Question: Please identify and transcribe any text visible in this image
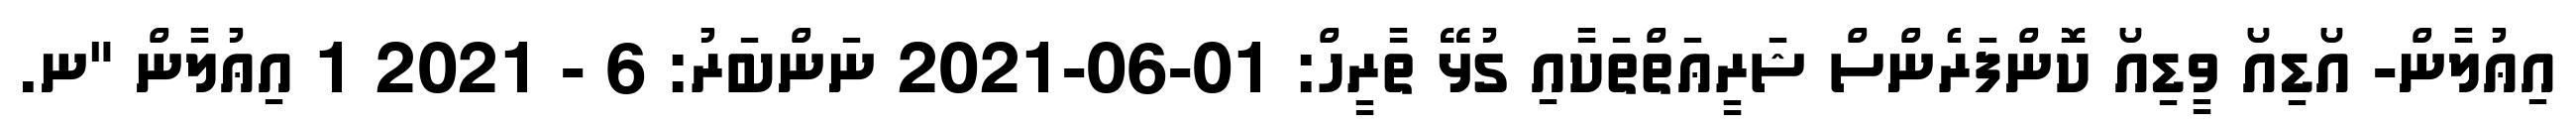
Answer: އިޢުލާން- އޯޑިއޯ ވީޑިއޯ ކޮންފަރެންސް ޝަރީޢަތްތަކާއި ގުޅޭ ތާރީހް: 01-06-2021 ނަންބަރު: 6 - 2021 1 އިޢުލާން "ނ.